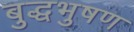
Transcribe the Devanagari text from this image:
बुद्धभुषण